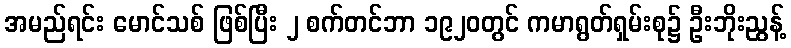
အမည်ရင်း မောင်သစ် ဖြစ်ပြီး ၂ စက်တင်ဘာ ၁၉၂၀တွင် ကမာရွတ်ရှမ်းစု၌ ဦးဘိုးညွန့်